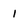
Character: 1